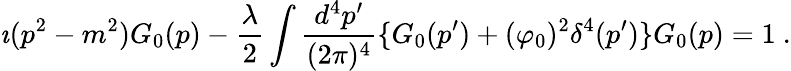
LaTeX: \imath(p^{2}-m^{2})G_{0}(p)-\frac{\lambda}{2}\int\frac{d^{4}p^{\prime}}{(2\pi)^{4}}\{ G_{0}(p^{\prime})+(\varphi_{0})^{2}\delta^{4}(p^{\prime})\} G_{0}(p)=1\ .